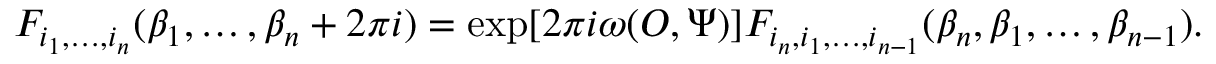
F _ { i _ { 1 } , \dots , i _ { n } } ( \beta _ { 1 } , \dots , \beta _ { n } + 2 \pi i ) = \exp [ 2 \pi i \omega ( { \cal O } , \Psi ) ] F _ { i _ { n } , i _ { 1 } , \dots , i _ { n - 1 } } ( \beta _ { n } , \beta _ { 1 } , \dots , \beta _ { n - 1 } ) .